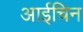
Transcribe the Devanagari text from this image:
आईचिन